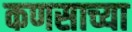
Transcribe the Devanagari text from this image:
कणसाच्या